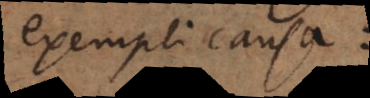
exempli causa: